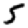
Digit: 5